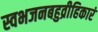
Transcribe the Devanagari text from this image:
स्वभजनबहुव्रीहिकारं